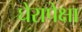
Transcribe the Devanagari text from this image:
घेरापेक्षा